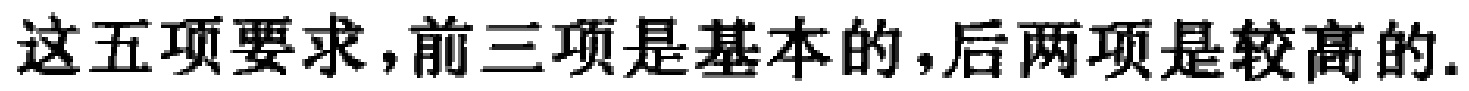
这五项要求，前三项是基本的，后两项是较高的.